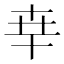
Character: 𠦡